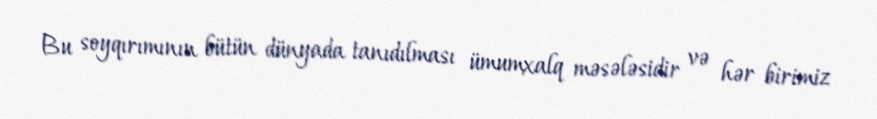
Bu soyqırımının bütün dünyada tanıdılması ümumxalq məsələsidir və hər birimiz